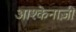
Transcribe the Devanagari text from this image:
आश्केनाज़ी